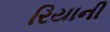
રિયાની